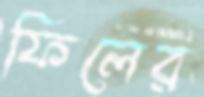
ফিলের